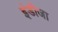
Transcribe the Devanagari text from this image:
इंडीजा